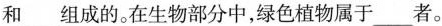
和___组成的。在生物部分中，绿色植物属于___者。